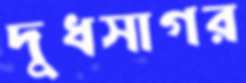
দুধসাগর